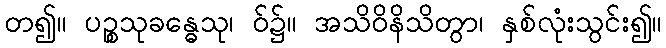
တ၍။ ပဉ္စသုခန္ဓေသု၊ ဝ်၌။ အသိဝိနိသိတွာ၊ နှစ်လုံးသွင်း၍။